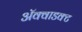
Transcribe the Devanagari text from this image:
ॲक्वाडक्ट